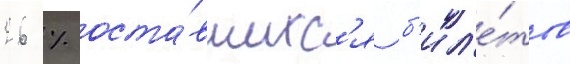
26 % оста́вшихс'я б'ил'е́тов